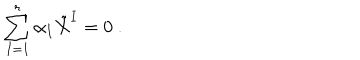
\sum _ { I = 1 } ^ { r } \alpha _ { I } \tilde { X } ^ { I } = 0 \ .